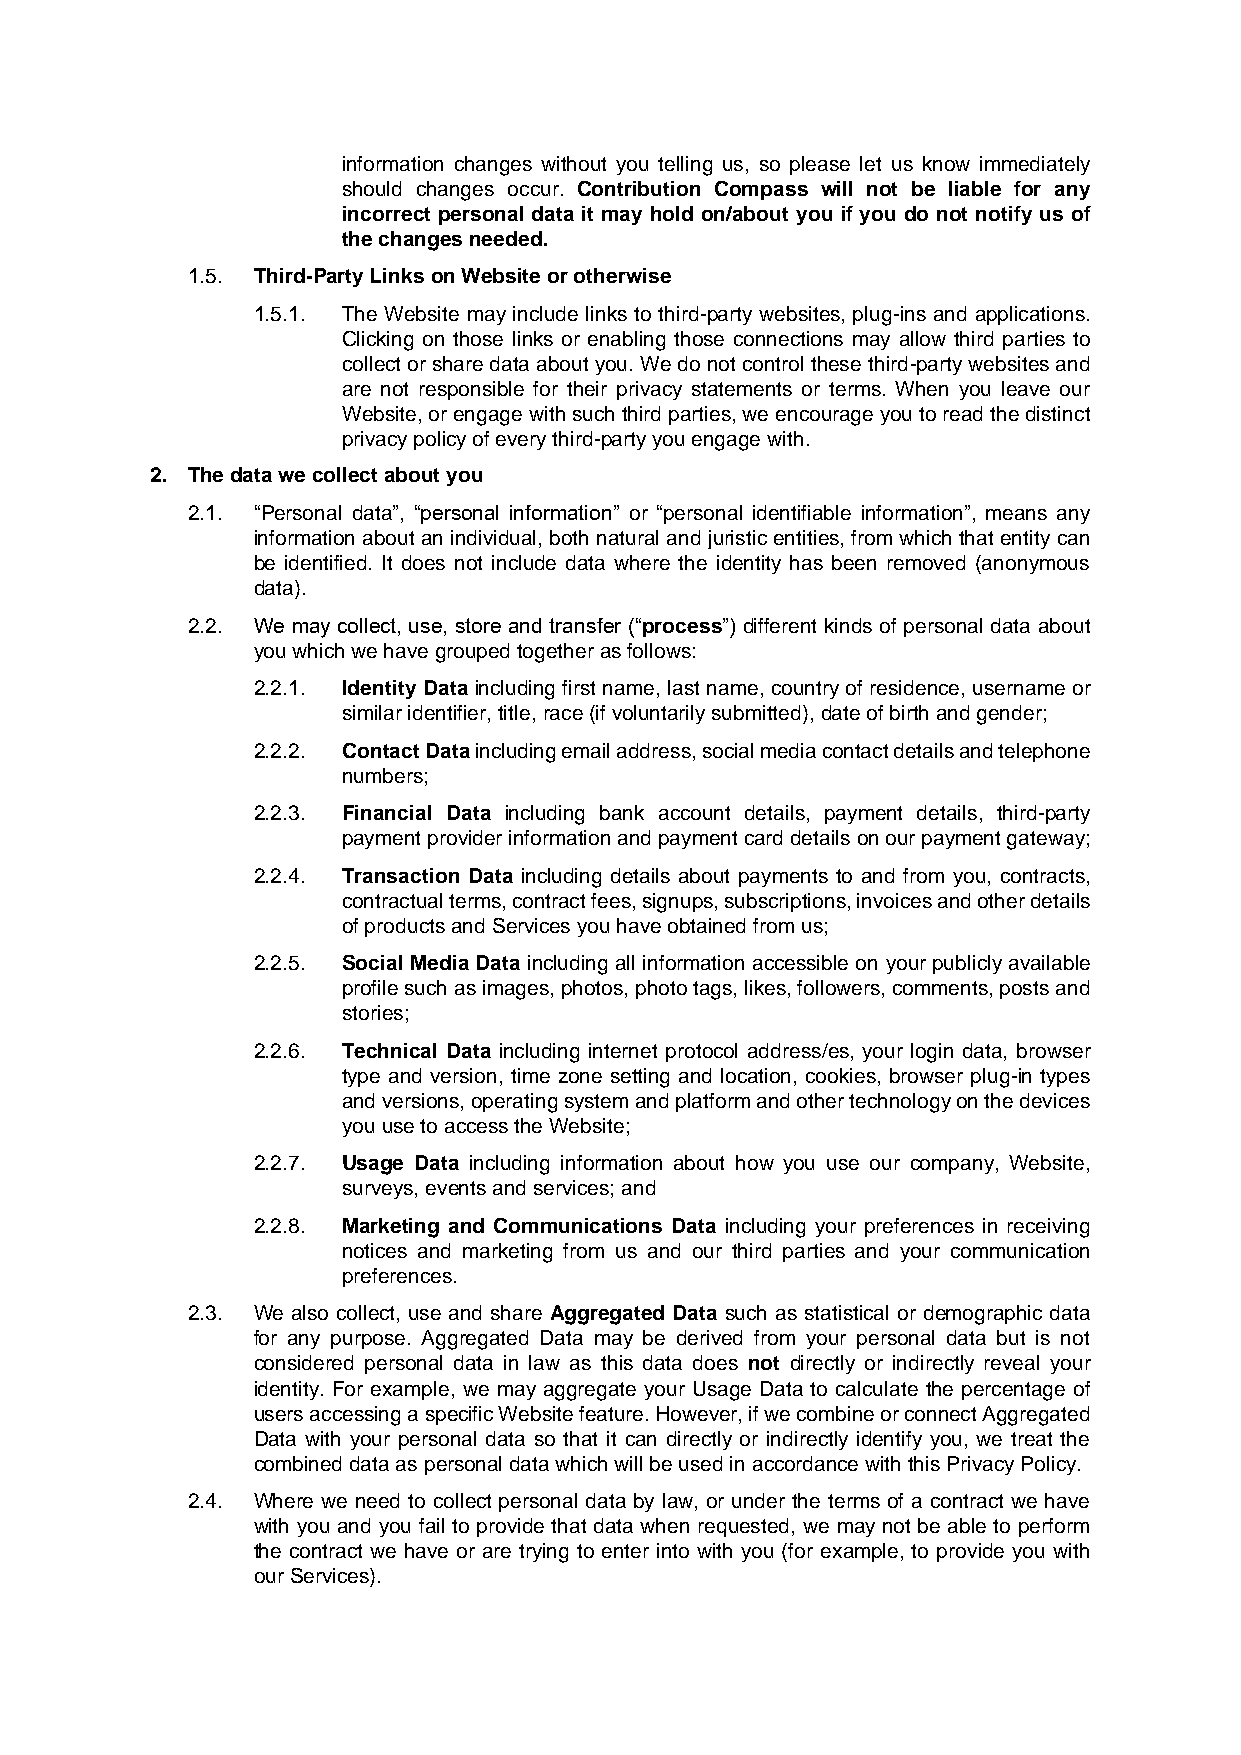
information changes without you telling us, so please let us know immediately
 should changes occur. Contribution Compass will not be liable for any
 incorrect personal data it may hold on/about you if you do not notify us of
 the changes needed.
 1.5. Third-Party Links on Website or otherwise
 1.5.1. The Website may include links to third-party websites, plug-ins and applications.
 Clicking on those links or enabling those connections may allow third parties to
 collect or share data about you. We do not control these third-party websites and
 are not responsible for their privacy statements or terms. When you leave our
 Website, or engage with such third parties, we encourage you to read the distinct
 privacy policy of every third-party you engage with.
 2. The data we collect about you
 2.1. “Personal data”, “personal information” or “personal identifiable information”, means any
 information about an individual, both natural and juristic entities, from which that entity can
 be identified. It does not include data where the identity has been removed (anonymous
 data).
 2.2. We may collect, use, store and transfer (“process”) different kinds of personal data about
 you which we have grouped together as follows:
 2.2.1. Identity Data including first name, last name, country of residence, username or
 similar identifier, title, race (if voluntarily submitted), date of birth and gender;
 2.2.2. Contact Data including email address, social media contact details and telephone
 numbers;
 2.2.3. Financial Data including bank account details, payment details, third-party
 payment provider information and payment card details on our payment gateway;
 2.2.4. Transaction Data including details about payments to and from you, contracts,
 contractual terms, contract fees, signups, subscriptions, invoices and other details
 of products and Services you have obtained from us;
 2.2.5. Social Media Data including all information accessible on your publicly available
 profile such as images, photos, photo tags, likes, followers, comments, posts and
 stories;
 2.2.6. Technical Data including internet protocol address/es, your login data, browser
 type and version, time zone setting and location, cookies, browser plug-in types
 and versions, operating system and platform and other technology on the devices
 you use to access the Website;
 2.2.7. Usage Data including information about how you use our company, Website,
 surveys, events and services; and
 2.2.8. Marketing and Communications Data including your preferences in receiving
 notices and marketing from us and our third parties and your communication
 preferences.
 2.3. We also collect, use and share Aggregated Data such as statistical or demographic data
 for any purpose. Aggregated Data may be derived from your personal data but is not
 considered personal data in law as this data does not directly or indirectly reveal your
 identity. For example, we may aggregate your Usage Data to calculate the percentage of
 users accessing a specific Website feature. However, if we combine or connect Aggregated
 Data with your personal data so that it can directly or indirectly identify you, we treat the
 combined data as personal data which will be used in accordance with this Privacy Policy.
 2.4. Where we need to collect personal data by law, or under the terms of a contract we have
 with you and you fail to provide that data when requested, we may not be able to perform
 the contract we have or are trying to enter into with you (for example, to provide you with
 our Services).